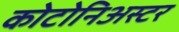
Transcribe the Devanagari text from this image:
कोटोनिअस्टर